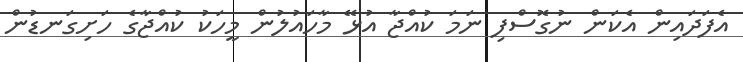
އެފަދައިން އެކަން ނުގޮސްފި ނަމަ ކުއްޖާ އުޅޭ މާހައުލުން މީހަކު ކުއްޖާގެ ހަށިގަނޑުން